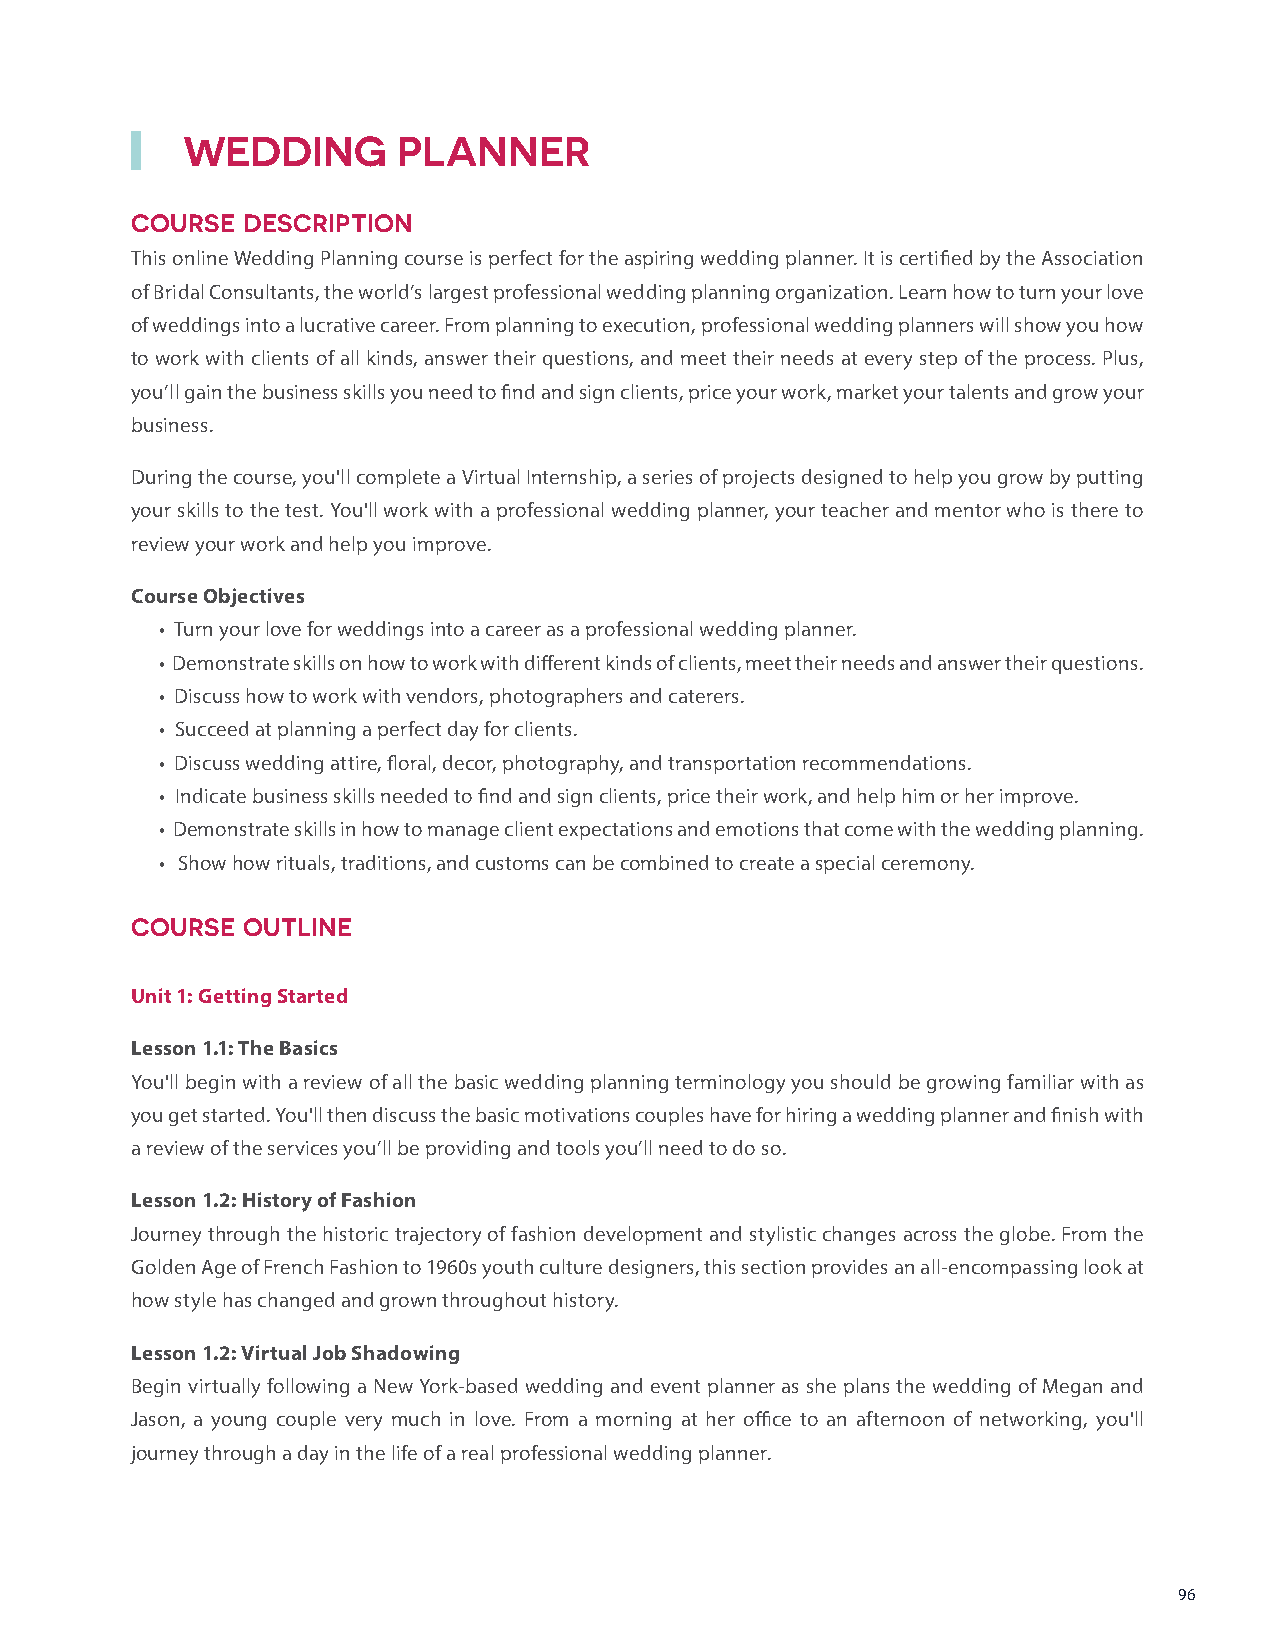
WEDDING       PLANNER
 COURSE DESCRIPTION
 This online Wedding Planning course is perfect for the aspiring wedding planner. It is certified by the Association
 of Bridal Consultants, the world’s largest professional wedding planning organization. Learn how to turn your love
 of weddings into a lucrative career. From planning to execution, professional wedding planners will show you how
 to work with clients of all kinds, answer their questions, and meet their needs at every step of the process. Plus,
 you’ll gain the business skills you need to find and sign clients, price your work, market your talents and grow your
 business.
 During the course, you'll complete a Virtual Internship, a series of projects designed to help you grow by putting
 your skills to the test. You'll work with a professional wedding planner, your teacher and mentor who is there to
 review your work and help you improve.
 Course Objectives
 • Turn your love for weddings into a career as a professional wedding planner.
 • Demonstrate skills on how to work with different kinds of clients, meet their needs and answer their questions.
 • Discuss how to work with vendors, photographers and caterers.
 • Succeed at planning a perfect day for clients.
 • Discuss wedding attire, floral, decor, photography, and transportation recommendations.
 • Indicate business skills needed to find and sign clients, price their work, and help him or her improve.
 • Demonstrate skills in how to manage client expectations and emotions that come with the wedding planning.
 • Show how rituals, traditions, and customs can be combined to create a special ceremony.
 COURSE OUTLINE
 Unit 1: Getting Started
 Lesson 1.1: The Basics
 You'll begin with a review of all the basic wedding planning terminology you should be growing familiar with as
 you get started. You'll then discuss the basic motivations couples have for hiring a wedding planner and finish with
 a review of the services you’ll be providing and tools you’ll need to do so.
 Lesson 1.2: History of Fashion
 Journey through the historic trajectory of fashion development and stylistic changes across the globe. From the
 Golden Age of French Fashion to 1960s youth culture designers, this section provides an all-encompassing look at
 how style has changed and grown throughout history.
 Lesson 1.2: Virtual Job Shadowing
 Begin virtually following a New York-based wedding and event planner as she plans the wedding of Megan and
 Jason, a young couple very much in love. From a morning at her office to an afternoon of networking, you'll
 journey through a day in the life of a real professional wedding planner.
 96